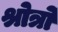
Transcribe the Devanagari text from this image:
श्रोत्रो